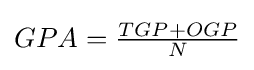
GPA={\tfrac {TGP+OGP}{N}}